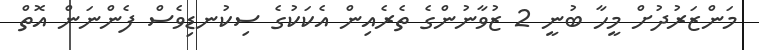
މަންޒަރުދުށް މީހާ ބުނީ 2 ޒުވާނުންގެ ތެރެއިން އެކަކުގެ ސިކުނޑިވެސް ފެންނަން އޮތް